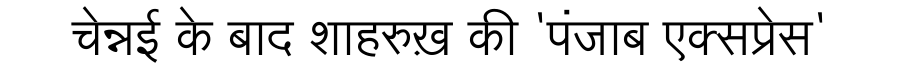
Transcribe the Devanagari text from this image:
चेन्नई के बाद शाहरुख़ की 'पंजाब एक्सप्रेस'